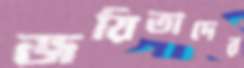
জয়িতাদের